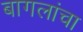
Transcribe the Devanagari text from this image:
बागलांचा